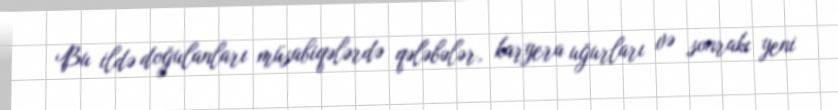
Bu ildə doğulanları müsabiqələrdə qələbələr, karyera uğurları və sonrakı yeni